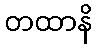
တထာနိ